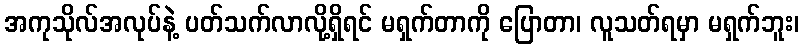
အကုသိုလ်အလုပ်နဲ့ ပတ်သက်လာလို့ရှိရင် မရှက်တာကို ပြောတာ၊ လူသတ်ရမှာ မရှက်ဘူး၊